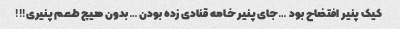
کیک پنیر افتضاح بود …جای پنیر خامه قنادی زده بودن …بدون هیچ طعم پنیری!!!